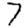
Digit: 7